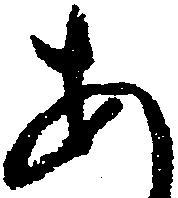
あ